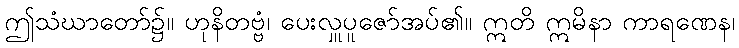
ဤသံဃာတော်၌။ ဟုနိတဗ္ဗံ၊ ပေးလှူပူဇော်အပ်၏။ ဣတိ ဣမိနာ ကာရဏေန၊